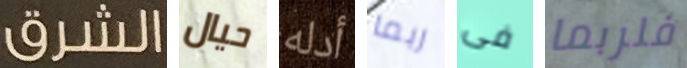
الشرق حيال أدله ربما فى فلربما